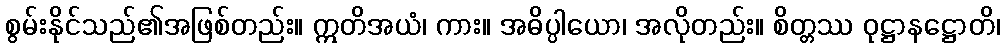
စွမ်းနိုင်သည်၏အဖြစ်တည်း။ ဣတိအယံ၊ ကား။ အဓိပ္ပါယော၊ အလိုတည်း။ စိတ္တဿ ဝုဋ္ဌာနဋ္ဌောတိ၊